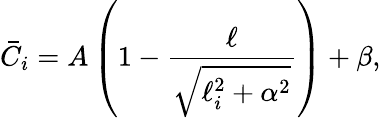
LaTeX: \bar{C}_{i}=A\left(1-\frac{\ell}{\sqrt{\ell_{i}^{2}+\alpha^{2}}}\right)+\beta,